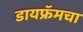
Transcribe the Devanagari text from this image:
डायफ्रॅमचा